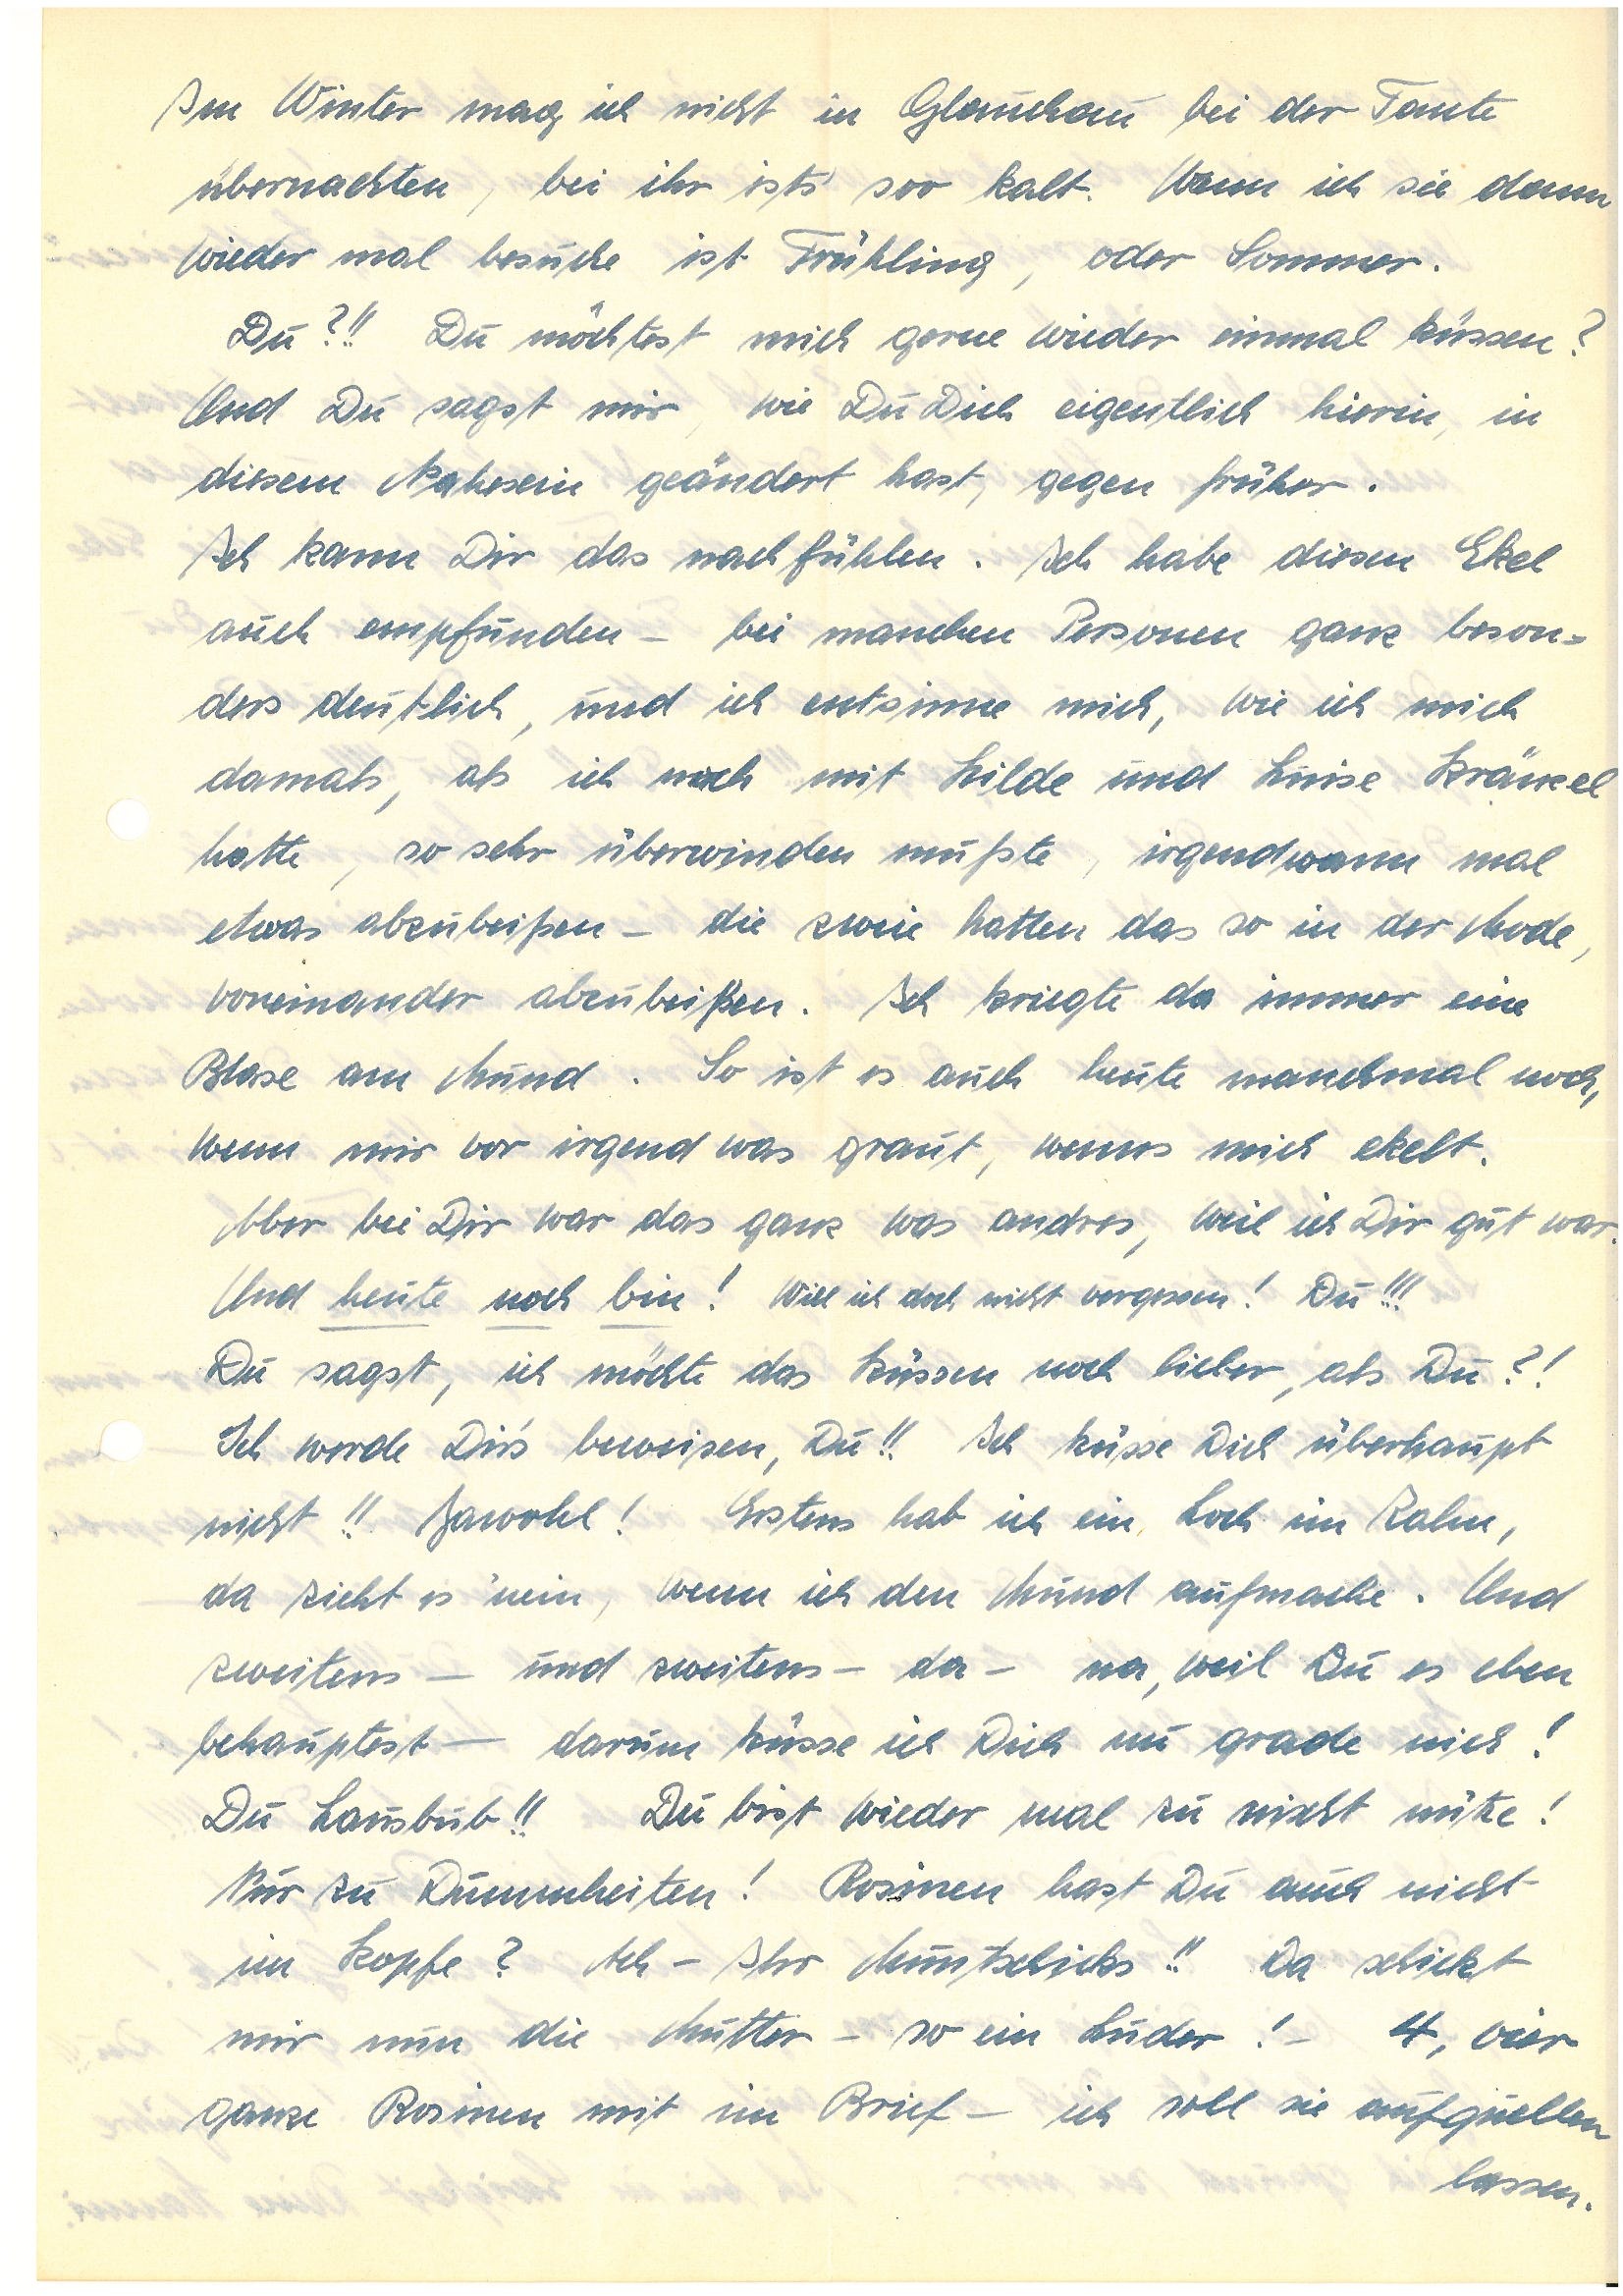
Im Winter mag ich nicht in G. bei der Tante
übernachten, bei ihr ists‘ soo kalt. Wenn ich sie dann
wieder mal besuche ist Frühling, oder Sommer.
Du?!! Du möchtest mich gerne wieder einmal küssen?
Und Du sagst mir wie Du Dich eigentlich hierin in
diesem Nahsein geändert hast, gegen früher.
Ich kann Dir das nachfühlen. Ich habe diesen Ekel
auch empfunden – bei manchen Personen ganz beson¬
ders deutlich, und ich entsinne mich, wie ich mich
damals, als ich noch mit Hilde und Luise K.
hatte, so sehr überwinden mußte, irgendwann mal
etwas abzubeißen – die zwei hatten das so in der Mode,
voneinander abzubeißen. Ich kriegte da immer eine
Blase am Munde. So ist es auch heute manchmal noch,
wenn mir vor irgend was graut, wenns mich ekelt.
Aber bei Dir war das ganz was andres, weil ich Dir gut war.
Und heutenochbin! Will ich doch nicht vergessen! Du!!!
Du sagst, ich möchte das Küssen noch lieber, als Du?!
Ich werde Dir’s beweisen, Du!! Ich küsse Dich überhaupt
nicht!! Jawohl! Erstens hab ich einen Loch im Zahn,
da zieht es ‘nein, wenn ich den Mund aufmache. Und
zweitens – und zweitens – da – na, weil Du es eben
behauptest – darum küsse ich Dich nu gerade nich!
Du Lausbub!! Du bist wieder mal zu nischt nütze!
Nur zu Dummheiten! Rosinen hast Du auch nicht
im Kopfe? Ach – Ihr M.s!! Da schickt
mir nun die Mutter – so ein Luder! – 4, vier
ganze Rosinen mit im Brief – ich soll sie aufquellen
lassen.